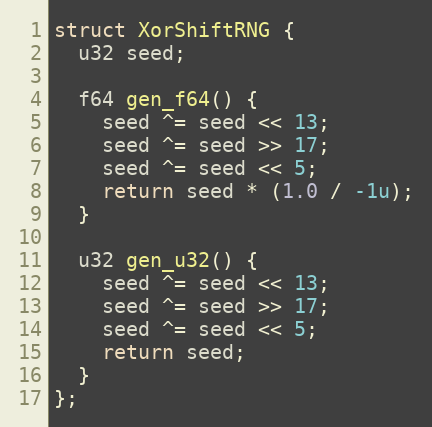
Language: C++
struct XorShiftRNG {
  u32 seed;

  f64 gen_f64() {
    seed ^= seed << 13;
    seed ^= seed >> 17;
    seed ^= seed << 5;
    return seed * (1.0 / -1u);
  }

  u32 gen_u32() {
    seed ^= seed << 13;
    seed ^= seed >> 17;
    seed ^= seed << 5;
    return seed;
  }
};